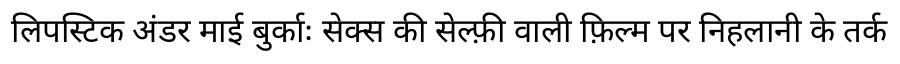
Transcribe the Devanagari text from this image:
लिपस्टिक अंडर माई बुर्काः सेक्स की सेल्फ़ी वाली फ़िल्म पर निहलानी के तर्क